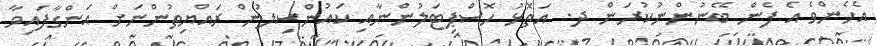
އެހެންވެ އެ ފެން ބޭނުންނުކުރަން ދ. އަތޮޅު ހޮސްޕިޓަލުންނާއި ކައުންސިލުން ރައްޔިތުންނަށް އަންގާފައިވާ